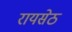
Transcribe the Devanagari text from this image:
रायसेठ